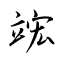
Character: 竤